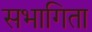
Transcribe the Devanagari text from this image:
सभागिता